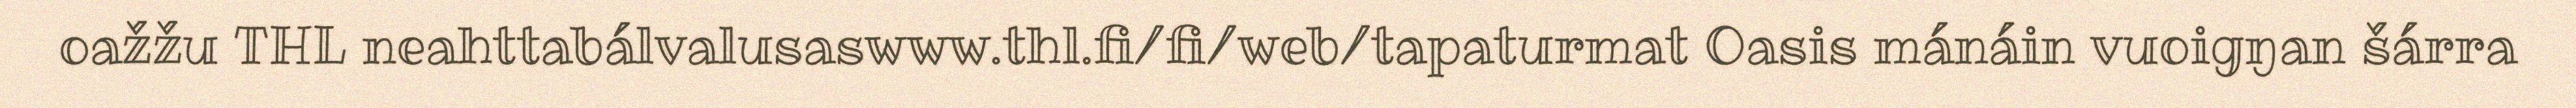
oažžu THL neahttabálvalusaswww.thl.fi/fi/web/tapaturmat Oasis mánáin vuoigŋan šárra